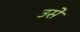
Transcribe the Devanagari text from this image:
उसेेेे